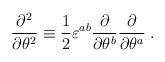
\begin{align*}\frac{\partial^2}{\partial\theta^2}\equiv\frac{1}{2}\varepsilon^{ab} \frac{\partial}{\partial\theta^b}\frac{\partial}{\partial\theta^a}\;.\end{align*}